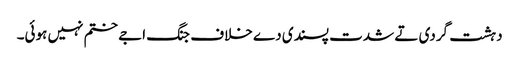
دہشت گردی تے شدت پسندی دے خلاف جنگ اجے ختم نہیں ہوئی۔